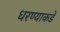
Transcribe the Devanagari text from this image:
धरण्याकडे